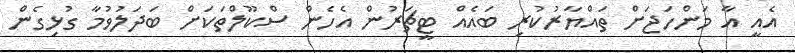
އެއީ އާ މަންހަޖަށް ތައްޔާރުކުރި ބައެއް ޓީޗަރުން އެހެން ސްކޫލްތަކަށް ބަދަލުވުމާ ގުޅިގެން